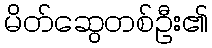
မိတ်ဆွေတစ်ဦး၏